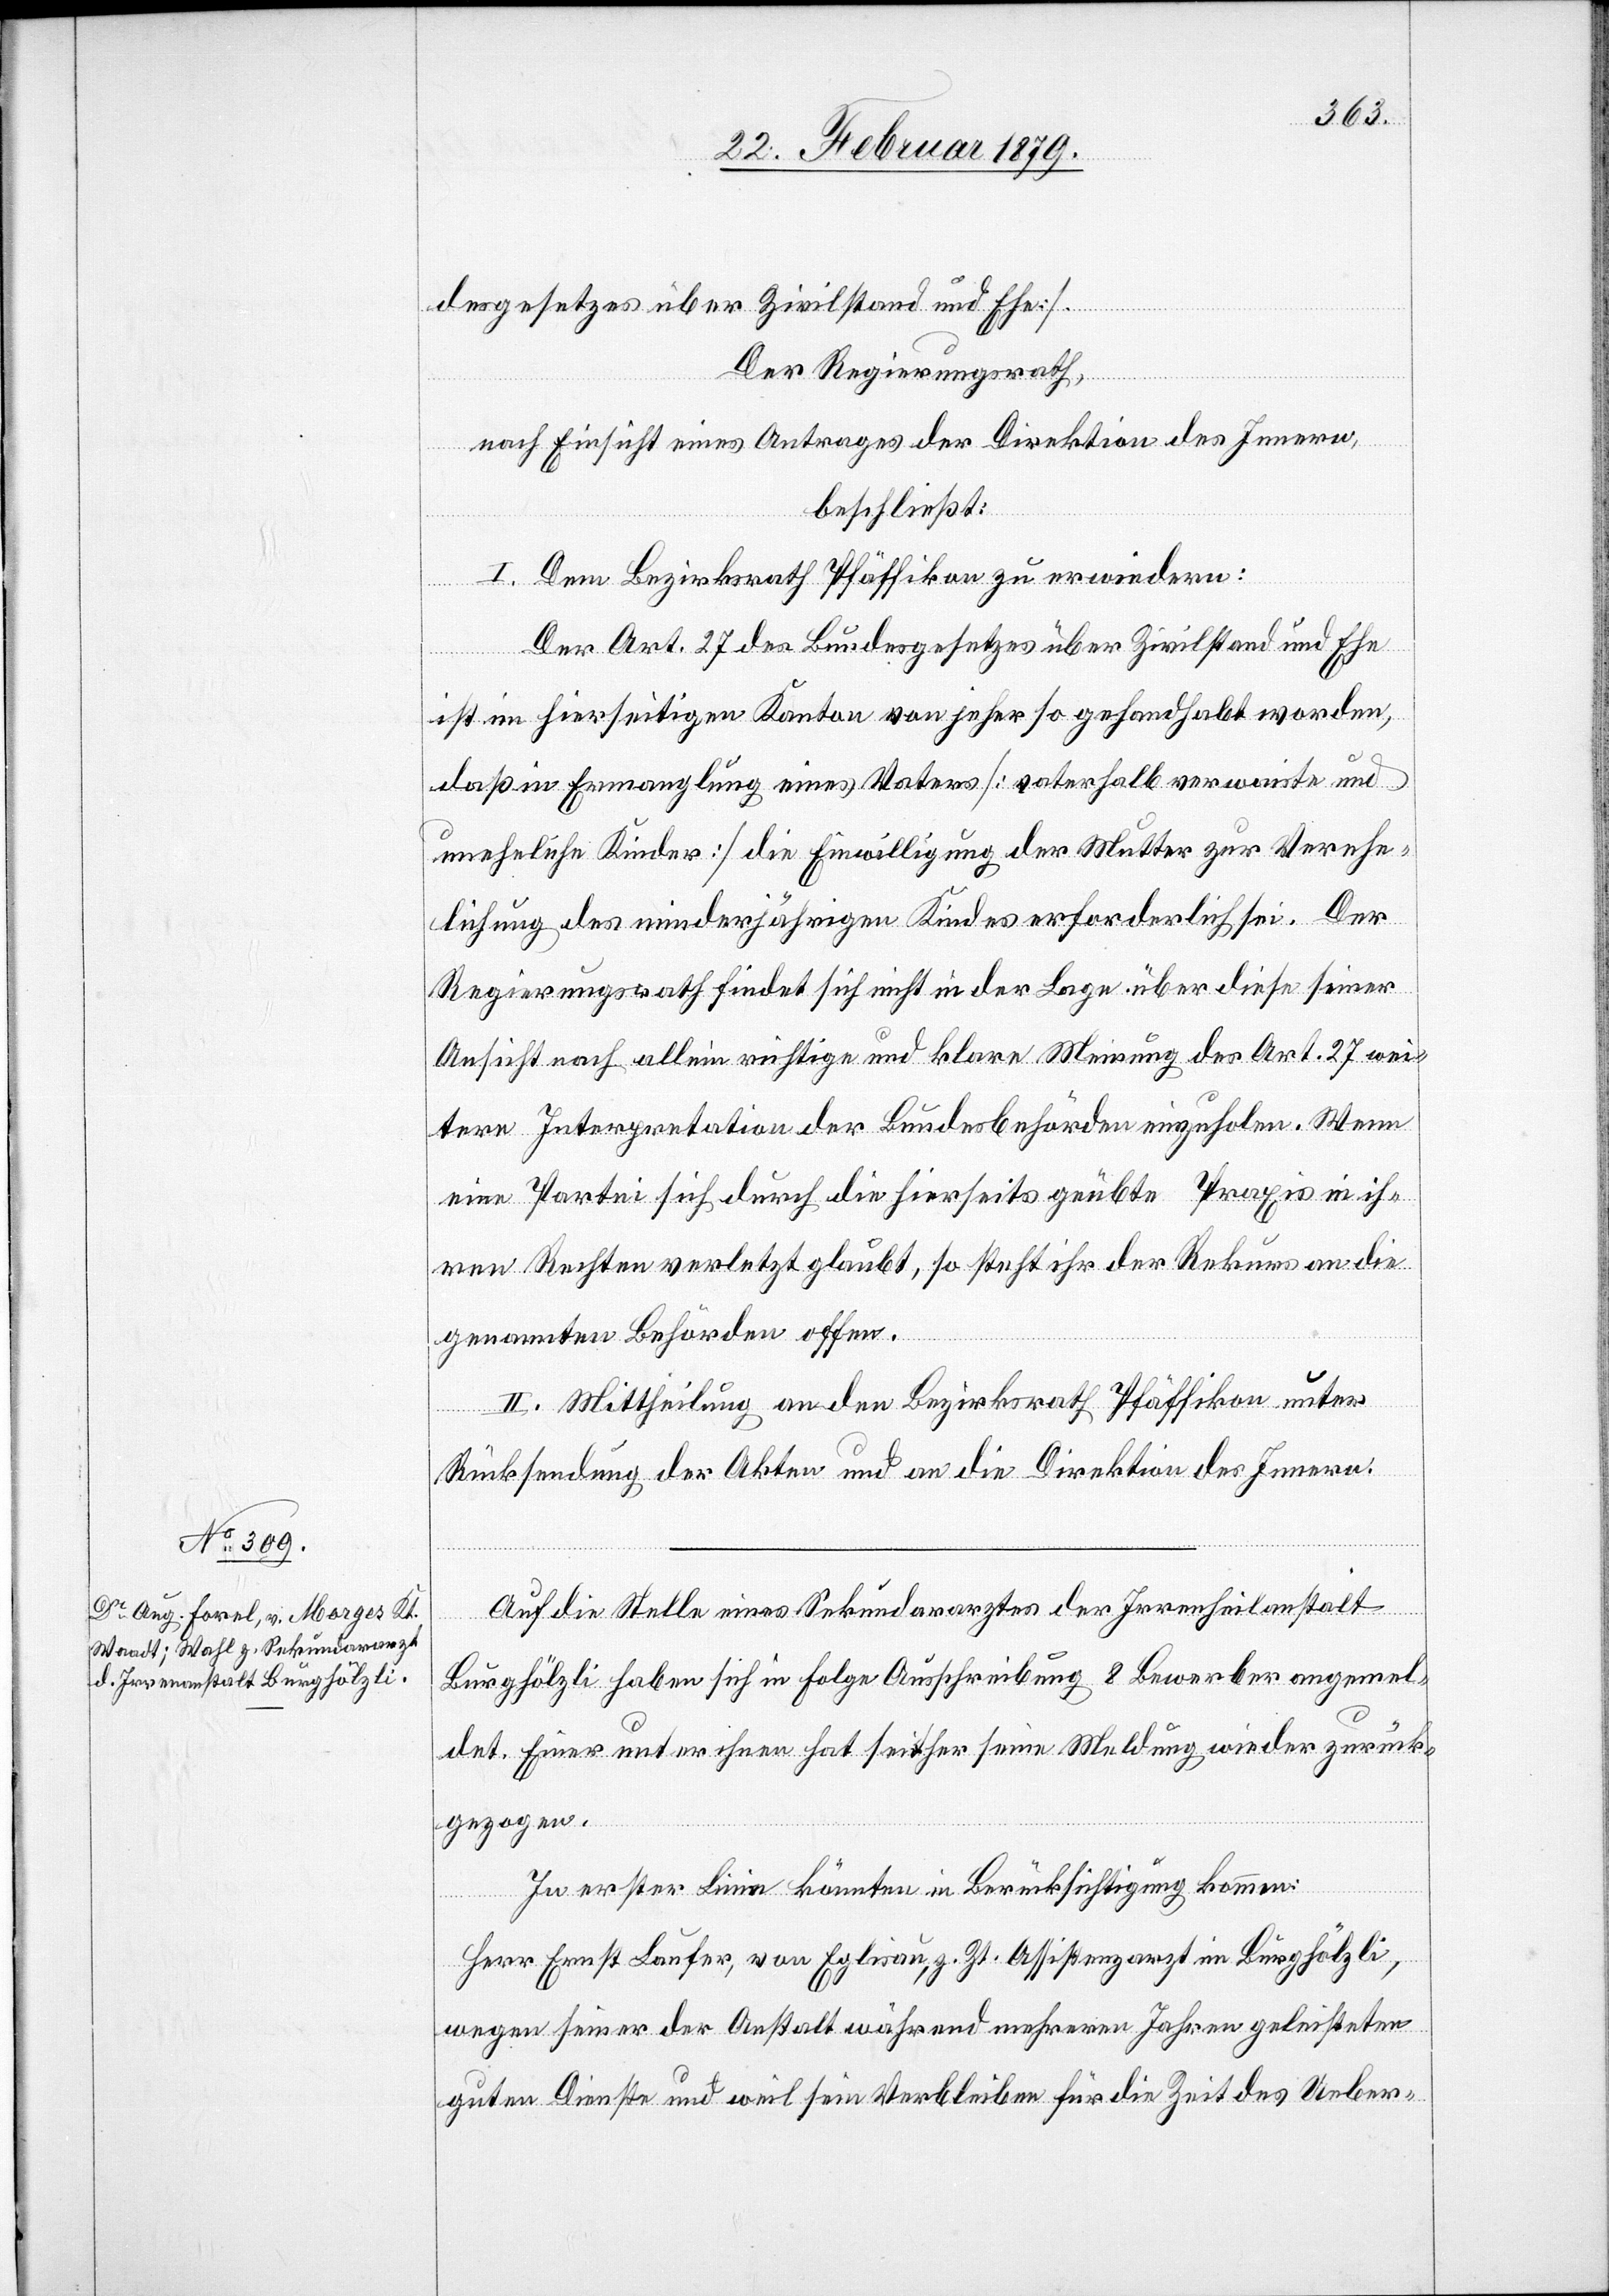
desgesetzes über Zivilstand und Ehe].
Der Regierungsrath,
nach Einsicht eines Antrages der Direktion des Innern,
beschließt:
I. Dem Bezirksrath Pfäffikon zu erwiedern:
Der Art. 27 des Bundesgesetzes über Zivilstand und Ehe
ist im hierseitigen Kanton von jeher so gehandhabt worden,
daß in Ermanglung eines Vaters [vaterhalb verwaiste und
uneheliche Kinder] die Einwilligung der Mutter zur Verehe¬
lichung des minderjährigen Kindes erforderlich sei. Der
Regierungsrath findet sich nicht in der Lage über diese seiner
Ansicht nach allein richtige und klare Meinung des Art. 27 wei¬
tere Interpretation der Bundesbehörden einzuholen. Wenn
eine Partei sich durch hierseits geübte Praxis in ih¬
ren Rechten verletzt glaubt, so steht ihr der Rekurs an die
genannten Behörden offen.
II. Mittheilung an den Bezirksrath Pfäffikon unter
Rücksendung der Akten und an die Direktion des Innern.
Auf die Stelle eines Sekundararztes der Irrenheilanstalt
Burghölzli haben sich in Folge Ausschreibung 8 Bewerber angemel¬
det. Einer unter ihnen hat seither seine Meldung wieder zurück¬
gezogen.
In erster Linie könnten in Berücksichtigung kommen:
Herr Ernst Laufer, von Eglisau, z. Zt. Assistenzarzt im Burghölzli,
wegen seiner der Anstalt während mehreren Jahren geleisteten
guten Dienste und weil sein Verbleiben für die Zeit des Ueber-